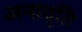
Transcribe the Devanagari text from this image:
अनावृति